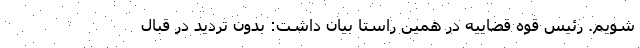
شویم. رئیس قوه قضاییه در همین راستا بیان داشت: بدون تردید در قبال